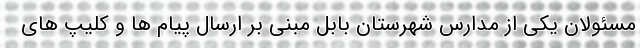
مسئولان یکی از مدارس شهرستان بابل مبنی بر ارسال پیام ها و کلیپ های